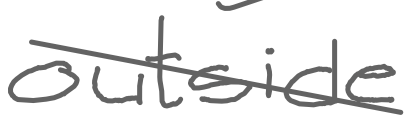
Text: outside
Cross-out: diagonal
Writing tool: digital_gray